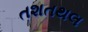
તશતથલ